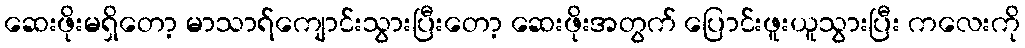
ဆေးဖိုးမရှိတော့ မာသာရ်ကျောင်းသွားပြီးတော့ ဆေးဖိုးအတွက် ပြောင်းဖူးယူသွားပြီး ကလေးကို